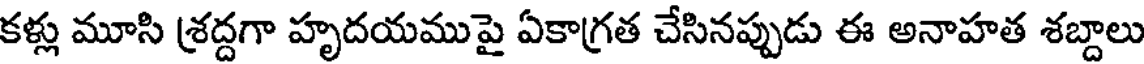
కళ్లు మూసి శ్రద్దగా హృదయముపై ఏకాగ్రత చేసినప్పుడు ఈ అనాహత శబ్దాలు